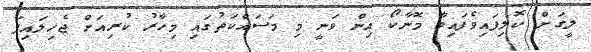
ލީގަށް ކޮލިފައިވެފައިވާ މޮނާކޯ އިން ވަނީ މި މަސައްކަތުގައި މިހާރު ކުރިއަށް ޖެހިލައިފަ